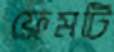
ফ্রেমটি